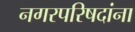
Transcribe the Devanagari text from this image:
नगरपरिषदांना